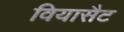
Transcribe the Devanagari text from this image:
वियासैट